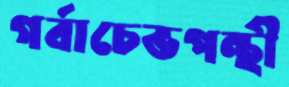
গর্বাচেভপন্থী